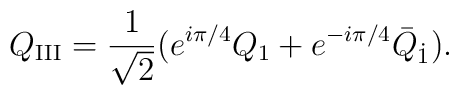
Q_{\rm III}= \frac{1}{\sqrt{2}}              (e^{i\pi/4}Q_1 + e^{-i\pi/4}\bar{Q}_{\dot{1}}).